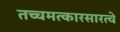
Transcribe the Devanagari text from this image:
तच्चमत्कारसारत्वे